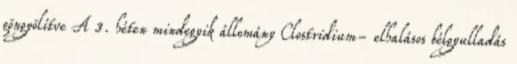
göngyölítve A 3. héten mindegyik állomány Clostridium- elhalásos bélgyulladás